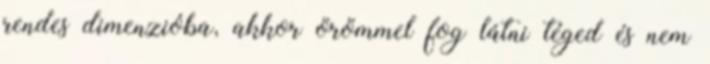
rendes dimenzióba, akkor örömmel fog látni téged és nem